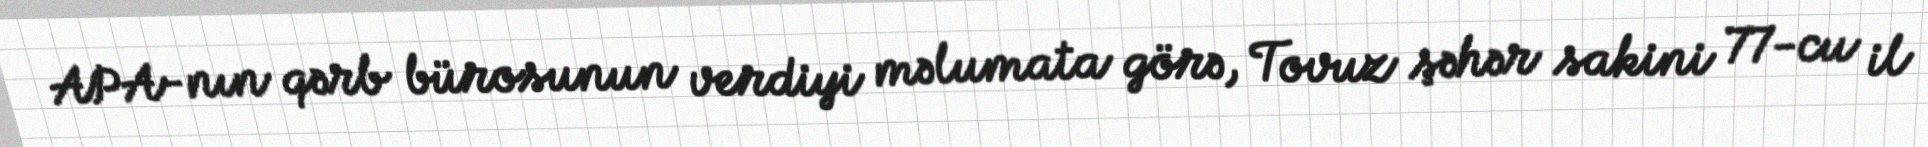
APA-nın qərb bürosunun verdiyi məlumata görə, Tovuz şəhər sakini 77-cu il